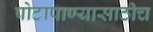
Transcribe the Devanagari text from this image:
पोटापाण्यासाठीच